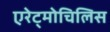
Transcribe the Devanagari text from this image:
एरेट्मोचिलिस